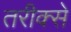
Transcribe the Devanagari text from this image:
तरीक्से